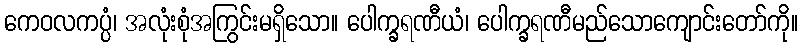
ကေဝလကပ္ပံ၊ အလုံးစုံအကြွင်းမရှိသော။ ပေါက္ခရဏီယံ၊ ပေါက္ခရဏီမည်သောကျောင်းတော်ကို။